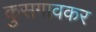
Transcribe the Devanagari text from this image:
कुसगावकर